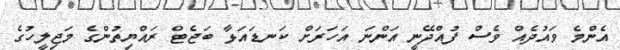
އެންމެ ވައުދެއް ވެސް ފުއްދޭނީ އަންނަ އަހަރަށް ކަނޑައަޅާ ބަޖެޓް ރައްޔިތުންގެ މަޖިލީހުގެ